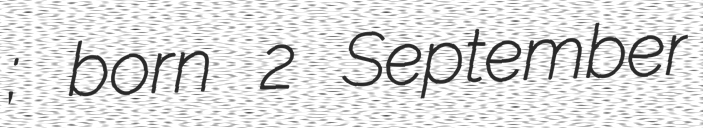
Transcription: Лубківський; born 2 September